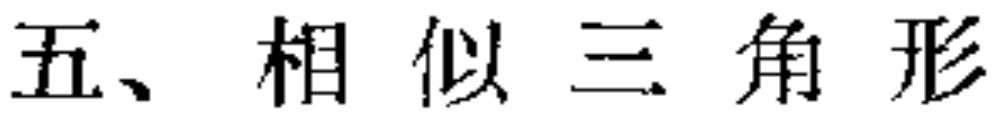
五、相似三角形